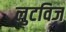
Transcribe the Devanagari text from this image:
लुटविज